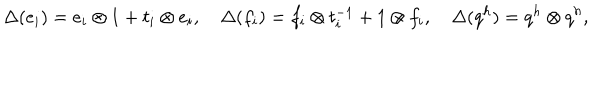
LaTeX: \Delta ( e _ { i } ) = e _ { i } \otimes 1 + t _ { i } \otimes e _ { i } , \quad \Delta ( f _ { i } ) = f _ { i } \otimes t _ { i } ^ { - 1 } + 1 \otimes f _ { i } , \quad \Delta ( q ^ { h } ) = q ^ { h } \otimes q ^ { h } ,